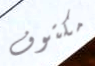
مكتوف